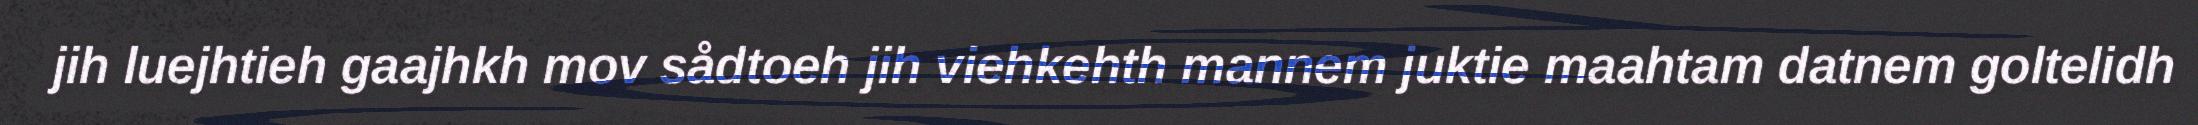
jih luejhtieh gaajhkh mov sådtoeh jih viehkehth mannem juktie maahtam datnem goltelidh